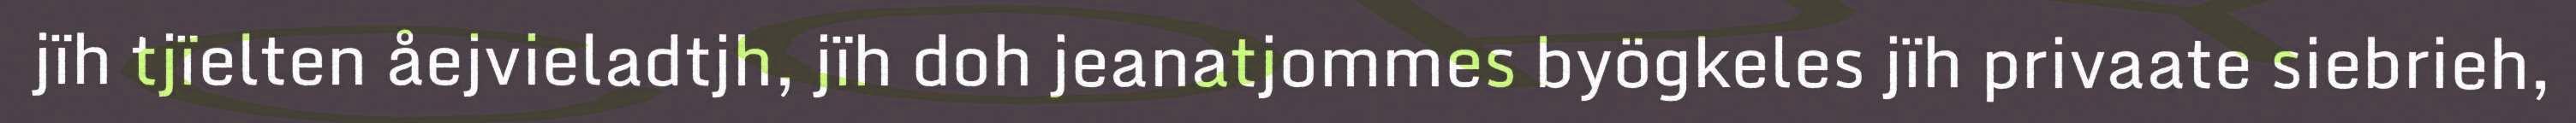
jïh tjïelten åejvieladtjh, jïh doh jeanatjommes byögkeles jïh privaate siebrieh,